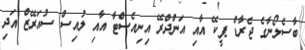
ބާސެލޯނާގެ ޖެރާޑް ޕީކޭ އާއި އަންދްރޭ އިނިއެސްޓާ އާއި ލުއިސް ސުއަރޭޒް އަދި